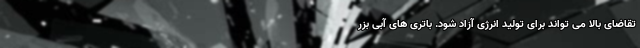
تقاضای بالا می تواند برای تولید انرژی آزاد شود. باتری های آبی بزر